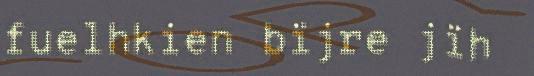
fuelhkien bïjre jïh